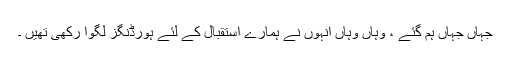
جہاں جہاں ہم گئے ، وہاں وہاں انہوں نے ہمارے استقبال کے لئے ہورڈنگز لگوا رکھی تھیں ۔